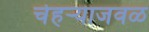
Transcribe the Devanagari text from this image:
चेहर्‍याजवळ